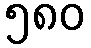
၅၈၀